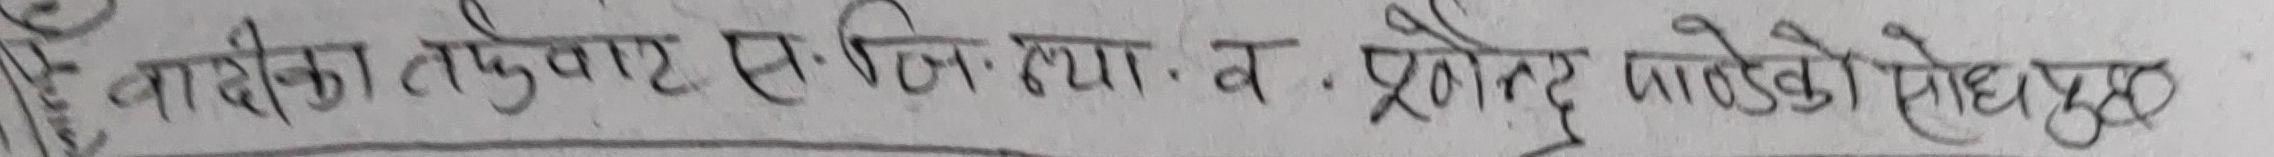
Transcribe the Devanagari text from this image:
नारीका तर्फवाट स. वि. व प्रोत्सह पाढेको सोध्यप्रक